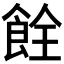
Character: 𫗐